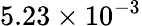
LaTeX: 5.23\times 10^{-3}